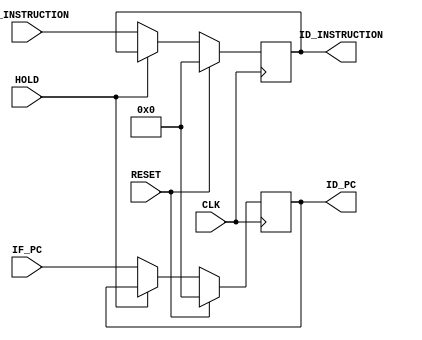
`timescale 1ns/100ps

module pr_if_id (
    CLK, RESET, HOLD,
    IF_PC, IF_INSTRUCTION, 
    ID_PC, ID_INSTRUCTION
);

    input CLK, RESET, HOLD;
    input [31:0] IF_PC, IF_INSTRUCTION;
    output reg [31:0] ID_PC, ID_INSTRUCTION;

    always @ (posedge CLK)
    begin
        if (RESET == 1'b1)
        begin
            ID_PC = 32'b0;
            ID_INSTRUCTION = 32'b0;
        end
        else if (HOLD == 1'b0)      // Don't update if HOLD signal is asserted
        begin
            ID_PC = IF_PC;
            ID_INSTRUCTION = IF_INSTRUCTION;
        end
    end

endmodule